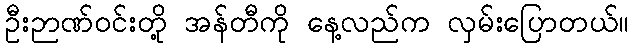
ဦးဉာဏ်ဝင်းတို့ အန်တီကို နေ့လည်က လှမ်းပြောတယ်။